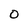
Character: 0